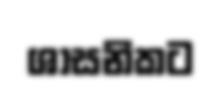
ශාසනිකට